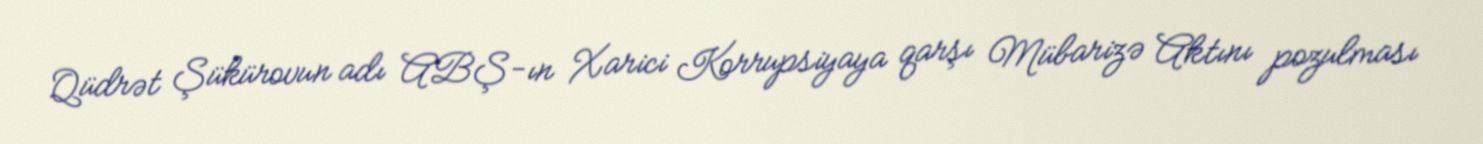
Qüdrət Şükürovun adı ABŞ-ın Xarici Korrupsiyaya qarşı Mübarizə Aktını pozulması